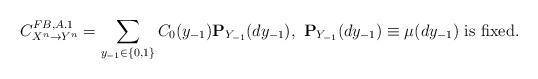
LaTeX: \begin{align*}C^{FB,A.1}_{X^n\rightarrow{Y^n}}=\sum_{y_{-1}\in\{0,1\}}C_0(y_{-1}){\bf P}_{Y_{-1}}(dy_{-1}),~{\bf P}_{Y_{-1}}(dy_{-1})\equiv\mu(dy_{-1})~\mbox{is fixed}.\end{align*}